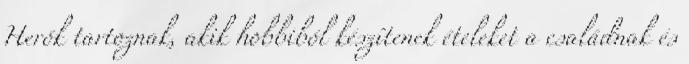
Herók tartoznak, akik hobbiból készítenek ételeket a családnak és